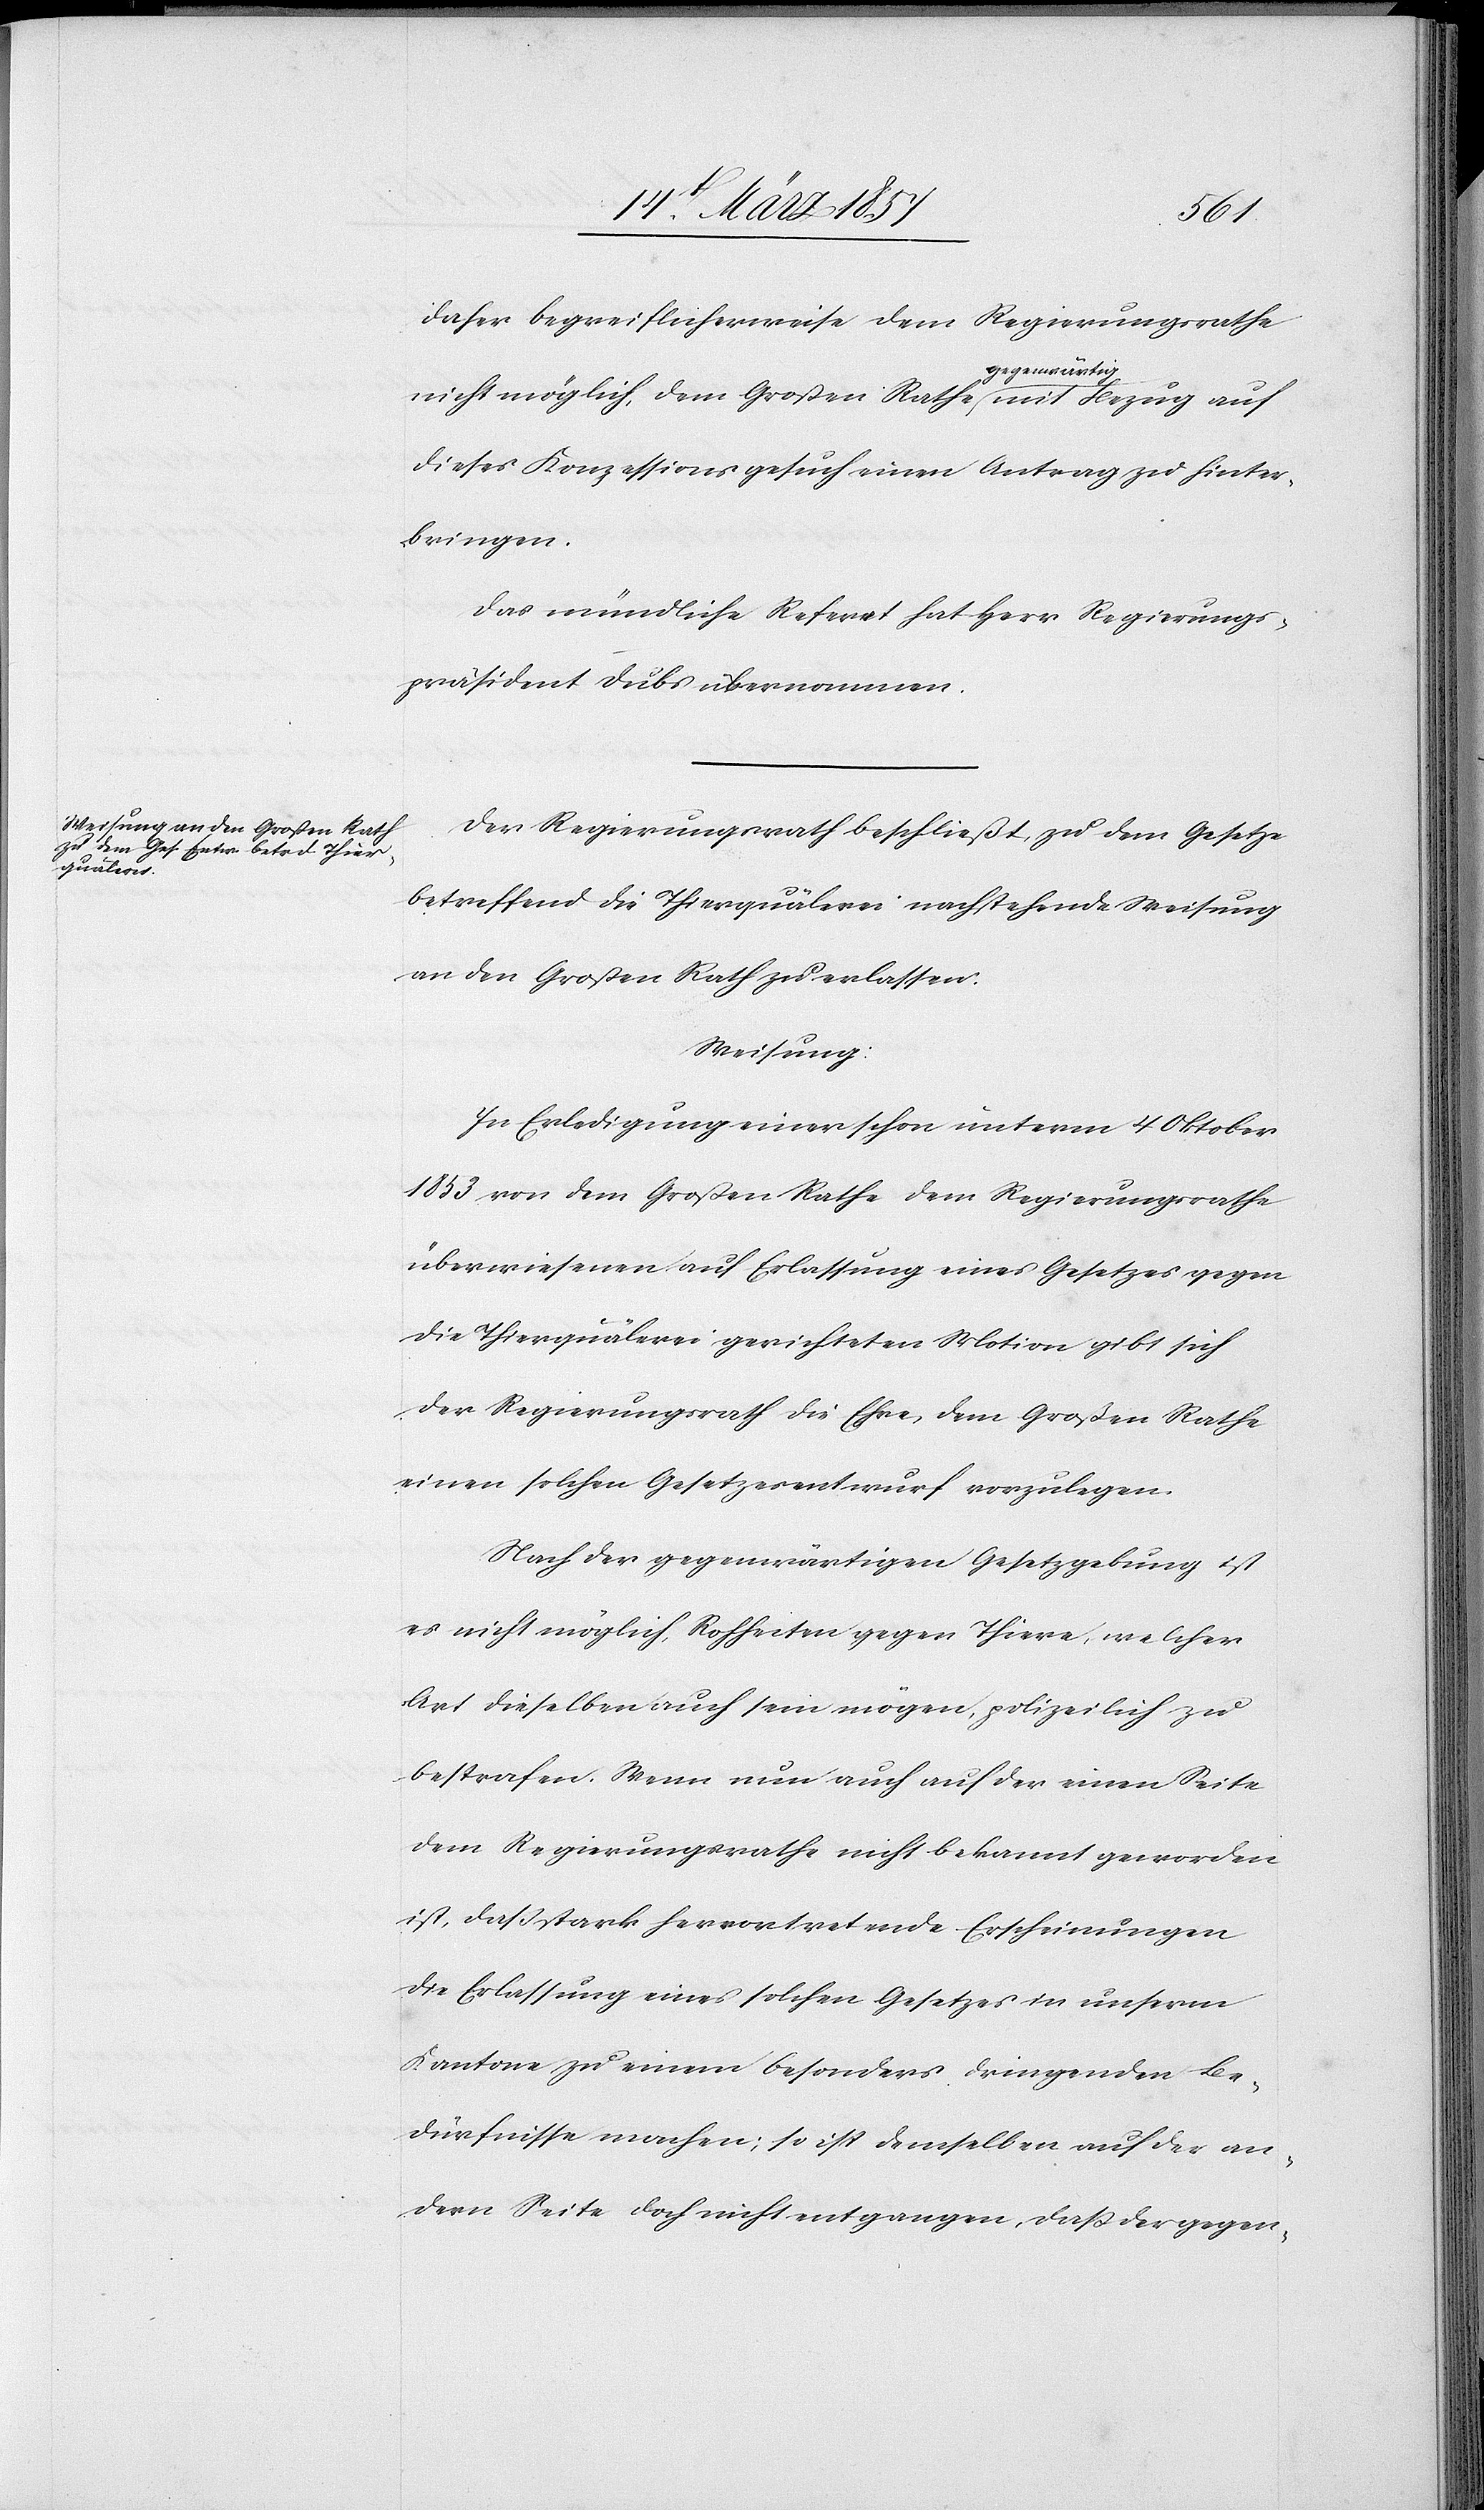
daher begreiflicherweise dem Regierungsrathe
nicht möglich, dem Großen Rathe gegenwärtig mit Bezug auf
dieses Konzessionsgesuch einen Antrag zu hinter¬
bringen.
Das mündliche Referat hat Herr Regierungs¬
präsident Dubs übernommen.
Der Regierungsrath beschließt, zu dem Gesetze
betreffend die Thierquälerei nachstehende Weisung
an den Großen Rath zu erlassen:
Weisung:
In Erledigung einer schon unterm 4 Oktober
1853 von dem Großen Rathe dem Regierungsrathe
überwiesenen auf Erlassung eines Gesetzes gegen
die Thierquälerei gerichteten Motion gibt sich
der Regierungsrath die Ehre, dem Großen Rathe
einen solchen Gesetzesentwurf vorzulegen.
Nach der gegenwärtigen Gesetzgebung ist
es nicht möglich, Rohheiten gegen Thiere, welcher
Art dieselben auch sein mögen, polizeilich zu
bestrafen. Wenn nun auch auf der einen Seite
dem Regierungsrathe nicht bekannt geworden
ist, daß stark hervortretende Erscheinungen
die Erlassung eines solchen Gesetzes in unserm
Kantone zu einem besonders dringenden Be¬
dürfnisse machen; so ist demselben auf der an¬
dern Seite doch nicht entgangen, daß der gegen-